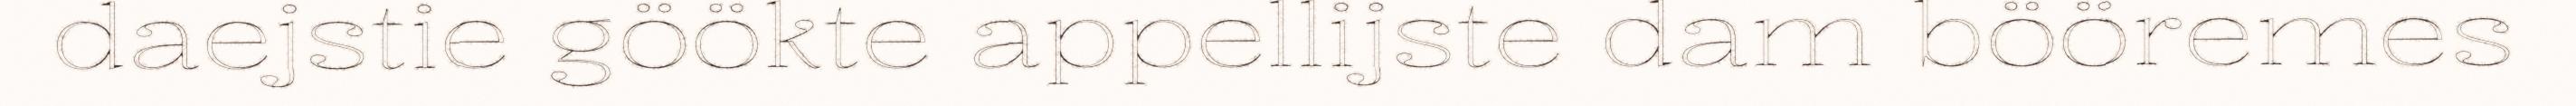
daejstie göökte appellijste dam bööremes